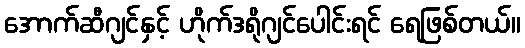
အောက်ဆီဂျင်နှင့် ဟိုက်ဒရိုဂျင်ပေါင်းရင် ရေဖြစ်တယ်။